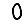
Digit: 0